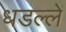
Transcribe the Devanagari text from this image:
धडल्लें